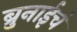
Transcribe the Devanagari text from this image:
ब्रुनाईचं